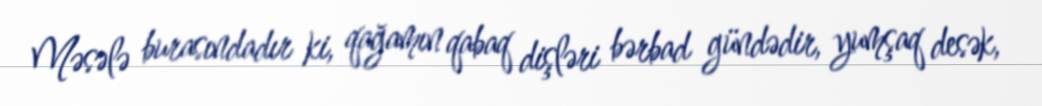
Məsələ burasındadır ki, qağamın qabaq dişləri bərbad gündədir, yumşaq desək,